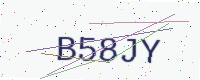
Text: B58JY